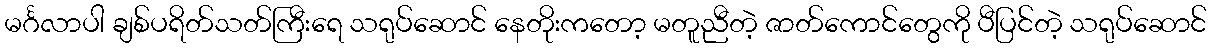
မင်္ဂလာပါ ချစ်ပရိတ်သတ်ကြီးရေ သရုပ်ဆောင် နေတိုးကတော့ မတူညီတဲ့ ဇာတ်ကောင်တွေကို ပီပြင်တဲ့ သရုပ်ဆောင်